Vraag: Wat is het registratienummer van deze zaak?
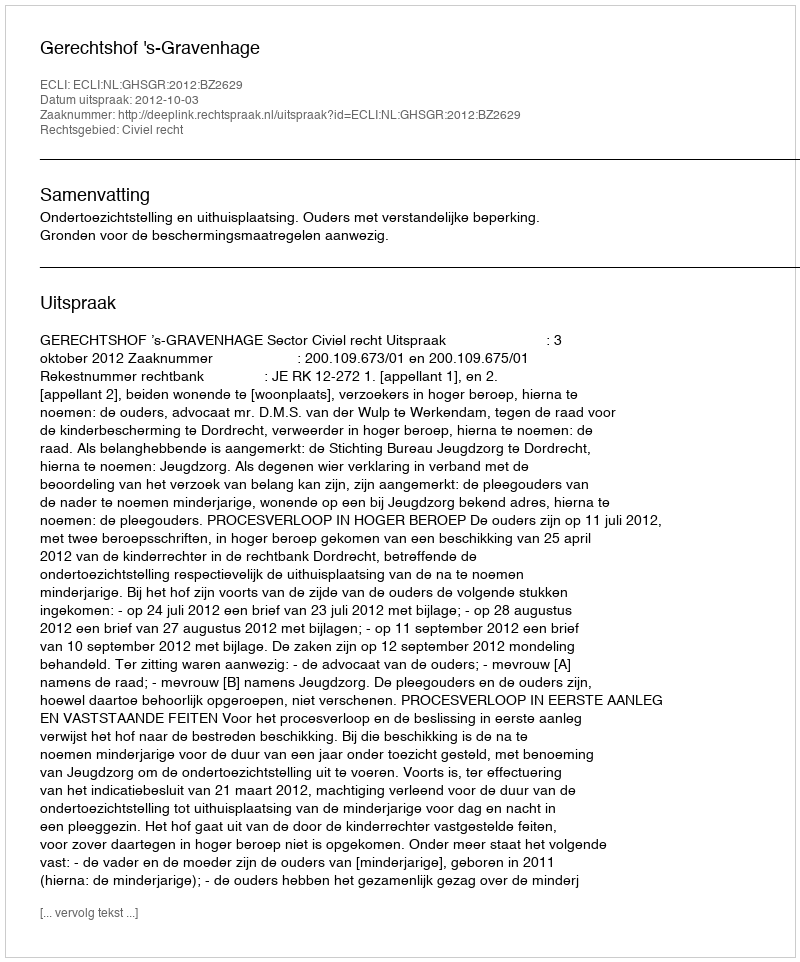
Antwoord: http://deeplink.rechtspraak.nl/uitspraak?id=ECLI:NL:GHSGR:2012:BZ2629